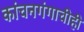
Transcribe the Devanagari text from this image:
कांचनगंगाचीही